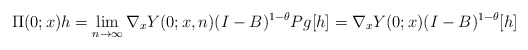
\begin{align*} \Pi(0;x)h = \lim_{n\to \infty} \nabla_x Y(0;x,n)(I-B)^{1-\theta}Pg[h] = \nabla_x Y(0;x)(I-B)^{1-\theta}[h] \end{align*}